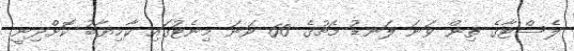
ލެސްޓާގެ ތިން ވަނަ ލަނޑު މެޗުގެ 60 ވަނަ މިނެޓުގައި ކާމިޔާބު ކޮށްދިނީ